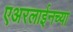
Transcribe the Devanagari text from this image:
एअरलाईनच्या